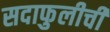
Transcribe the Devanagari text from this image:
सदाफुलीची